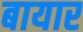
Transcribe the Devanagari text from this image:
बायार